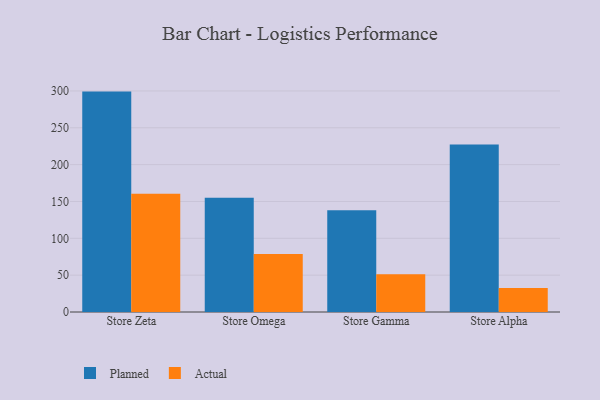
{"axis": {"x": "Store", "y": "Revenue (USD Million)"}, "legend": ["Actual", "Planned"], "data": [{"x": "Store Zeta", "y": 299.1, "type": "Planned"}, {"x": "Store Zeta", "y": 160.4, "type": "Actual"}, {"x": "Store Omega", "y": 155.1, "type": "Planned"}, {"x": "Store Omega", "y": 78.8, "type": "Actual"}, {"x": "Store Gamma", "y": 138.1, "type": "Planned"}, {"x": "Store Gamma", "y": 51.3, "type": "Actual"}, {"x": "Store Alpha", "y": 227.2, "type": "Planned"}, {"x": "Store Alpha", "y": 32.7, "type": "Actual"}]}